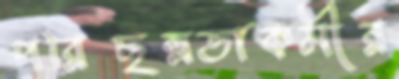
পরিছন্নতাকর্মীর